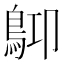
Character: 𪀃